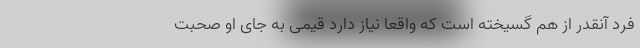
فرد آنقدر از هم گسیخته است که واقعا نیاز دارد قیمی به جای او صحبت